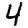
Digit: 4